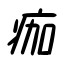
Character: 痂